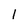
Character: 1